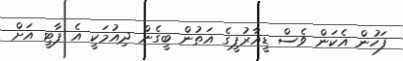
ފަހުން އެކަން ވެސް ޑީއާރުޕީގެ އަތުން ބީގެން ދިއުމަކީ އެ ޕާޓީ އަށް